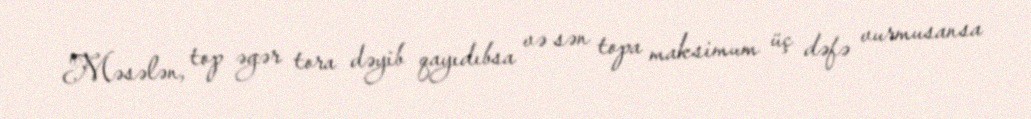
Məsələn, top əgər tora dəyib qayıdıbsa və sən topa maksimum üç dəfə vurmusansa